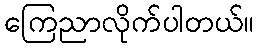
ကြေညာလိုက်ပါတယ်။